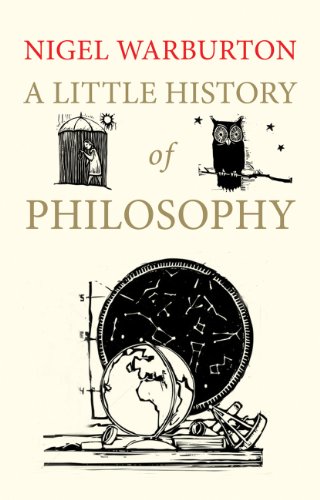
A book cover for A Little History of Philosophy; Nigel Warburton; Politics & Social Sciences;